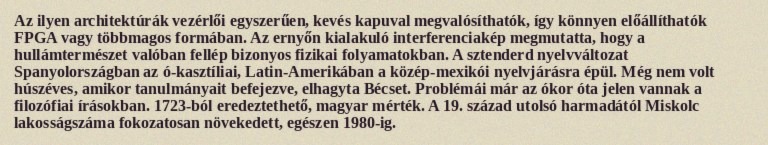
Az ilyen architektúrák vezérlői egyszerűen, kevés kapuval megvalósíthatók, így könnyen előállíthatók FPGA vagy többmagos formában. Az ernyőn kialakuló interferenciakép megmutatta, hogy a hullámtermészet valóban fellép bizonyos fizikai folyamatokban. A sztenderd nyelvváltozat Spanyolországban az ó-kasztíliai, Latin-Amerikában a közép-mexikói nyelvjárásra épül. Még nem volt húszéves, amikor tanulmányait befejezve, elhagyta Bécset. Problémái már az ókor óta jelen vannak a filozófiai írásokban. 1723-ból eredeztethető, magyar mérték. A 19. század utolsó harmadától Miskolc lakosságszáma fokozatosan növekedett, egészen 1980-ig.